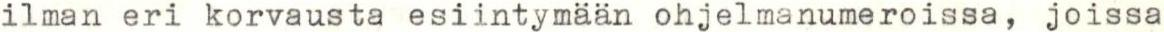
ilman eri korvausta esiintymään ohjelmanumeroissa, joissa